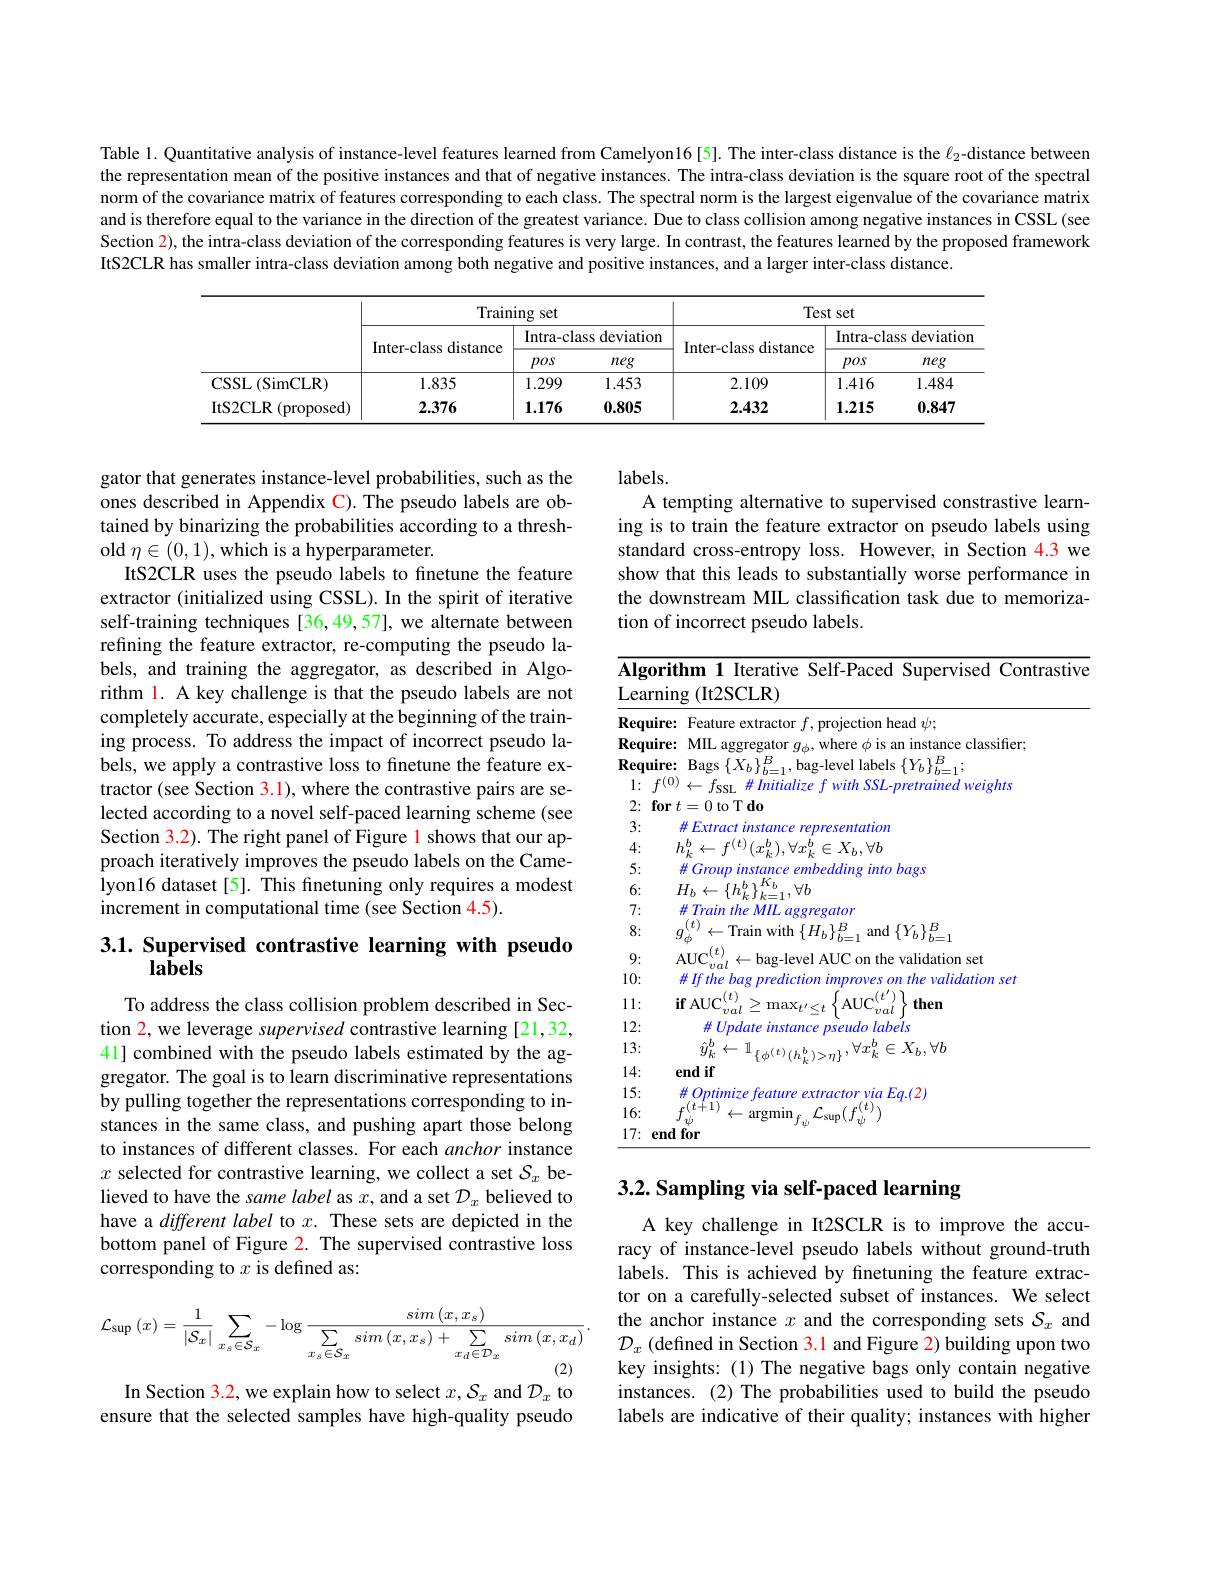
Table 1. Quantitative analysis of instance-level features learned from Camelyon16[5]. The inter-class distance is the $\ell_{2}$-distance between the representation mean of the positive instances and that of negative instances. The intra-class deviation is the square root of the spectral norm of the covariance matrix of features corresponding to each class. The spectral norm is the largest eigenvalue of the covariance matrix and is therefore equal to the variance in the direction of the greatest variance. Due to class collision among negative instances in CSSL (see Section 2), the intra-class deviation of the corresponding features is very large. In contrast, the features learned by the proposed framework ItS2CLR has smaller intra-class deviation among both negative and positive instances, and a larger inter-class distance.

<table>
	<tbody>
		<tr>
			<th> </th>
			<th colspan="3">Training set</th>
			<th colspan="3">Test set</th>
		</tr>
		<tr>
			<th> </th>
			<th rowspan="2">Inter-class distance</th>
			<th colspan="2">Intra-class deviation</th>
			<th rowspan="2">Inter-class distance</th>
			<th colspan="2">Intra-class deviatior</th>
		</tr>
		<tr>
			<th> </th>
			<th>pos</th>
			<th>neg</th>
			<th>pos</th>
			<th>neg</th>
		</tr>
		<tr>
			<td>$\operatorname{CSSL}(\operatorname{SimCLR})$</td>
			<td>1.835</td>
			<td>1.299</td>
			<td>1.453</td>
			<td>2.109</td>
			<td>1.416</td>
			<td>1.484</td>
		</tr>
		<tr>
			<td>ItS2CLR (proposed)</td>
			<td>2.376</td>
			<td>1.176</td>
			<td>0.805</td>
			<td>2.432</td>
			<td>1.215</td>
			<td>0.847</td>
		</tr>
	</tbody>
</table>

labels.
A tempting alternative to supervised constrastive learning is to train the feature extractor on pseudo labels using standard cross-entropy loss. However, in Section 4.3 we show that this leads to substantially worse performance in the downstream MIL classification task due to memorization of incorrect pseudo labels.

gator that generates instance-level probabilities, such as the ones described in Appendix C). The pseudo labels are obtained by binarizing the probabilities according to a threshold $\eta\in(0,1)$, which is a hyperparameter.
ItS2CLR uses the pseudo labels to finetune the feature extractor (initialized using CSSL). In the spirit of iterative self-training techniques [36,49,57], we alternate between refining the feature extractor, re-computing the pseudo labels, and training the aggregator, as described in Algorithm l. A key challenge is that the pseudo labels are not completely accurate, especially at the beginning of the training process. To address the impact of incorrect pseudo labels, we apply a contrastive loss to finetune the feature extractor (see Section 3.1), where the contrastive pairs are selected according to a novel self-paced learning scheme (see Section 3.2). The right panel of Figure 1 shows that our approach iteratively improves the pseudo labels on the Camelyon16 dataset[5]. This finetuning only requires a modest increment in computational time (see Section 4.5).

<table>
	<tbody>
		<tr>
			<td>$\overline{\mathbf{Algor}}$ Learn</td>
			<td>rithm 1 Iterative Self-Paced Supervised Contras $\operatorname{ning}($It2SCLR)</td>
		</tr>
		<tr>
			<td>Requir</td>
			<td>$re$ 1 head $\psi:$</td>
		</tr>
		<tr>
			<td>Requir</td>
			<td>Tre ssifier</td>
		</tr>
		<tr>
			<td>Requir</td>
			<td>H $B$</td>
		</tr>
		<tr>
			<td>1: $f$</td>
			<td>$7ht.$</td>
		</tr>
		<tr>
			<td>2: $fo$</td>
			<td>0 to T do 121</td>
		</tr>
		<tr>
			<td>3:</td>
			<td>大 ztior</td>
		</tr>
		<tr>
			<td>4:</td>
			<td>$\forall h$</td>
		</tr>
		<tr>
			<td>5:</td>
			<td>ags</td>
		</tr>
		<tr>
			<td>6:</td>
			<td>K</td>
		</tr>
		<tr>
			<td>7:</td>
			<td>$\#TraintheMIL$ $\textit{179}$ $2gator$</td>
		</tr>
		<tr>
			<td>8:</td>
			<td>$\leftarrow$Train with$\left\{H_b\right\}_b=1^B$ and$\left \{ Y_{b}\right \} _{b= 1}^{B}$</td>
		</tr>
		<tr>
			<td>9:</td>
			<td>ATIAIV $10n$ $f_{2}^{\prime\prime}$ alidation set</td>
		</tr>
		<tr>
			<td>10:</td>
			<td>$\#Ifthe$ validation ses pdict 710 $+h\rho$</td>
		</tr>
		<tr>
			<td>11:</td>
			<td>if AIIC$^{(l)}$ then ma</td>
		</tr>
		<tr>
			<td>12:</td>
			<td>seudo labels $4//ndatemstan$</td>
		</tr>
		<tr>
			<td>13:</td>
			<td>$\hat{y}^{\prime}$ $b$ $\leftarrow1$ $b$ $X_{h},\forall b$ E</td>
		</tr>
		<tr>
			<td>14</td>
			<td>endif $k$</td>
		</tr>
		<tr>
			<td>15:</td>
			<td>$\#Optimizef$ $zctorviaEq.(2)$</td>
		</tr>
		<tr>
			<td>16:</td>
			<td> </td>
		</tr>
		<tr>
			<td>17: $er$</td>
			<td>nd for</td>
		</tr>
	</tbody>
</table>

## 3.1. Supervised contrastive learning with pseudo $la\tilde{\mathbf{b}}els$

To address the class collision problem described in Section 2, we leverage supervised contrastive learning [21,32, 41] combined with the pseudo labels estimated by the aggregator. The goal is to learn discriminative representations by pulling together the representations corresponding to instances in the same class, and pushing apart those belong to instances of different classes. For each anchor instance $x$ selected for contrastive learning, we collect a set $S_x$ believed to have the same label as $x$, and a set $\mathcal{D}_x$ believed to have a different label to $x.$ These sets are depicted in the bottom panel of Figure 2. The supervised contrastive loss corresponding to $x$ is defined as:

# 3.2. Sampling via self-paced learning

A key challenge in It2SCLR is to improve the accuracy of instance-level pseudo labels without ground-truth labels. This is achieved by fnetuning the feature extractor on a carefully-selected subset of instances. We select the anchor instance $x$ and the corresponding sets $\mathcal{S}_x$ and $\mathcal{D}_x$ (defined in Section 3.1 and Figure 2) building upon two key insights: (1) The negative bags only contain negative instances. (2) The probabilities used to build the pseudo labels are indicative of their quality; instances with higher
$$\mathcal{L}_{\mathrm{sup}}\left(x\right)=\frac{1}{\left|\mathcal{S}_{x}\right|}\sum_{x_{s}\in\mathcal{S}_{x}}-\log\frac{sim\left(x,x_{s}\right)}{\sum_{x_{s}\in\mathcal{S}_{x}}sim\left(x,x_{s}\right)+\sum_{x_{d}\in\mathcal{D}_{x}}sim\left(x,x_{d}\right)}.$$
In Section 3.2, we explain how to select $x,\mathcal{S}_x$ and $\mathcal{D}_x$ to ensure that the selected samples have high-quality pseudo